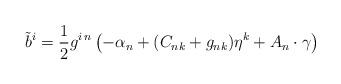
LaTeX: \begin{align*}{\tilde b}^i={1\over 2} g^{i\, n} \left ( -\alpha_n +(C_{nk}+g_{nk}) \eta^k + A_n \cdot \gamma\right)\end{align*}